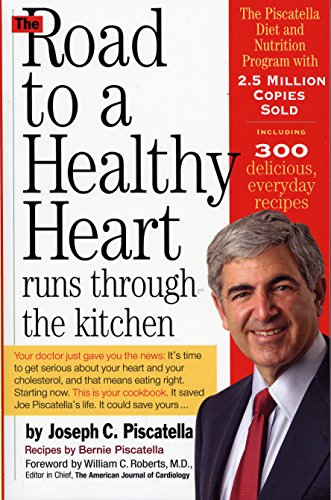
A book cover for The Road to a Healthy Heart Runs through the Kitchen; Joseph C. Piscatella; Cookbooks, Food & Wine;